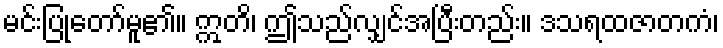
မင်းပြုတော်မူ၏။ ဣတိ၊ ဤသည်လျှင်အပြီးတည်း။ ဒသရထဇာတကံ၊